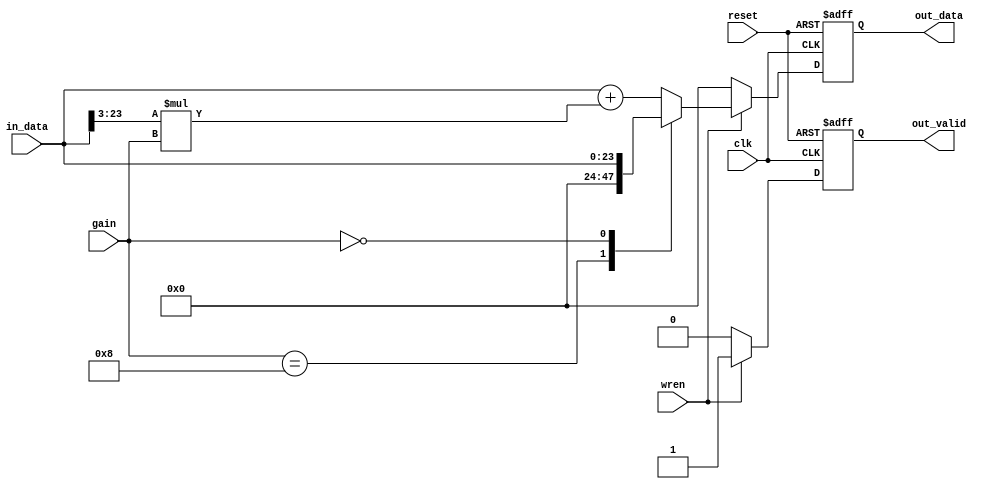
module amplifier(output reg[23:0] out_data, output reg out_valid, input[23:0] in_data, input wren, input clk, input reset, input[3:0] gain);
	always @(posedge clk or posedge reset)
	if(reset)
	begin
		out_data <= 0;
		out_valid <= 1'b0;
	end
	else if(wren)
	begin
		casez(gain)
			4'b1000: out_data <= 0;
			4'b0000: out_data <= $signed(in_data);
			default: out_data <= $signed(in_data) + ($signed(in_data) >>> 3) * $signed(gain);
		endcase
		
		out_valid <= 1'b1;
	end
	else
	begin
		out_data <= 0;
		out_valid <= 1'b0;
	end
endmodule